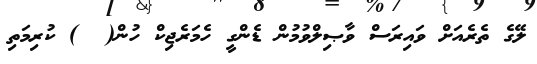
ލޭގެ ތެރެއަށް ވައިރަސް ވާޞިލްވުމުން ޑެންގީ ހެމަރެޖިކް ހުން(  ) ކުރިމަތި